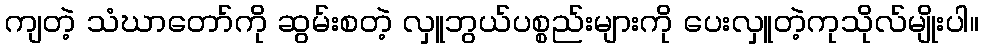
ကျတဲ့ သံဃာတော်ကို ဆွမ်းစတဲ့ လှူဘွယ်ပစ္စည်းများကို ပေးလှူတဲ့ကုသိုလ်မျိုးပါ။